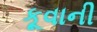
કૂવાની